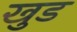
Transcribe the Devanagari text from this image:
खुड